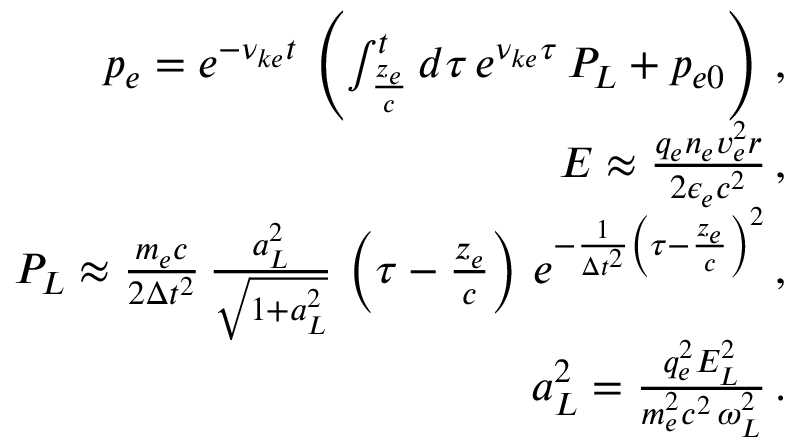
\begin{array} { r l r } & { } & { p _ { e } = e ^ { - \nu _ { k e } t } \, \left( \int _ { \frac { z _ { e } } { c } } ^ { t } d \tau \, e ^ { \nu _ { k e } \tau } \, P _ { L } + p _ { e 0 } \right) \, , } \\ & { } & { E \approx \frac { q _ { e } n _ { e } v _ { e } ^ { 2 } r } { 2 \epsilon _ { e } c ^ { 2 } } \, , } \\ & { } & { P _ { L } \approx \frac { m _ { e } c } { 2 \Delta t ^ { 2 } } \, \frac { a _ { L } ^ { 2 } } { \sqrt { 1 + a _ { L } ^ { 2 } } } \, \left( \tau - \frac { z _ { e } } { c } \right) \, e ^ { - \frac { 1 } { \Delta t ^ { 2 } } \left( \tau - \frac { z _ { e } } { c } \right) ^ { 2 } } \, , } \\ & { } & { a _ { L } ^ { 2 } = \frac { q _ { e } ^ { 2 } E _ { L } ^ { 2 } } { m _ { e } ^ { 2 } c ^ { 2 } \, \omega _ { L } ^ { 2 } } \, . } \end{array}